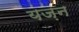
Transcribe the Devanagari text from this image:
यज़न